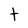
Character: t